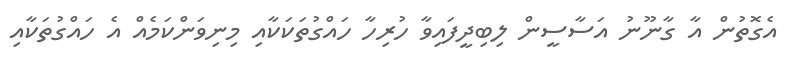
އެގޮތުން އާ ގާނޫނު އަސާސީން ލިބިދީފައިވާ ހުރިހާ ހައްގުތަކަކާއި މިނިވަންކަމެއް އެ ހައްގުތަކާއި